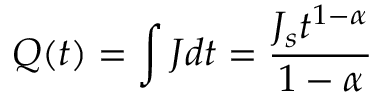
Q ( t ) = \int J d t = \frac { J _ { s } t ^ { 1 - \alpha } } { 1 - \alpha }